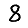
Digit: 8